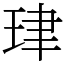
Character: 珒